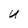
Character: U